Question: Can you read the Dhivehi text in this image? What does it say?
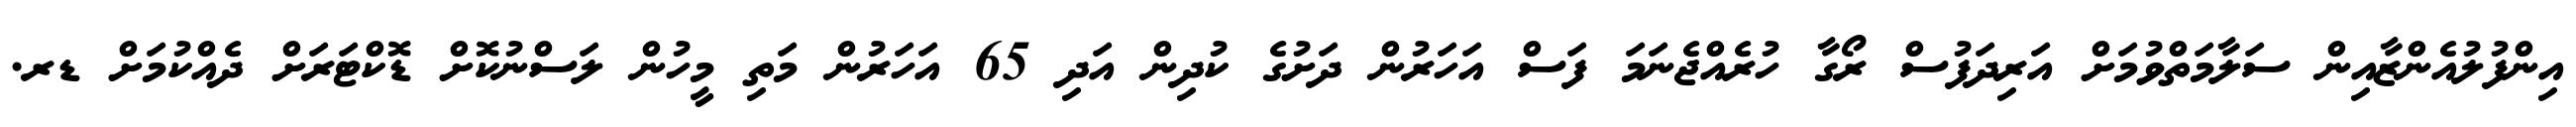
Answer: އިންފުލުއެންޒާއިން ސަލާމަތްވުމަށް އަރިދަފުސް ރޯގާ ހުރެއްޖެނަމަ ފަސް އަހަރުން ދަށުގެ ކުދިން އަދި 65 އަހަރުން މަތި މީހުން ލަސްނުކޮށް ޑޮކްޓަރަށް ދެއްކުމަށް ޑރ.